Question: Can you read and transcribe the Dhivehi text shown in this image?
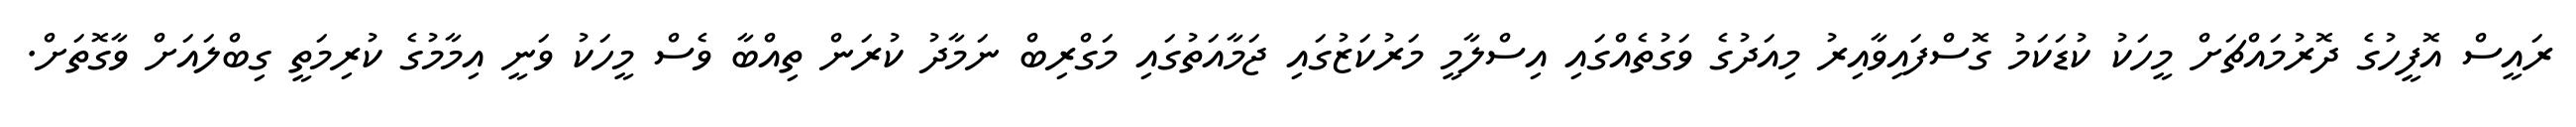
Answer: ރައީސް އޮފީހުގެ ދޮރުމައްޗަށް މީހަކު ކުޑަކަމު ގޮސްފައިވާއިރު މިއަދުގެ ވަގުތެއްގައި އިސްލާމީ މަރުކަޒުގައި ޖަމާއަތުގައި މަގްރިބް ނަމާދު ކުރަން ތިއްބާ ވެސް މީހަކު ވަނީ އިމާމުގެ ކުރިމަތީ ގިބްލައަށް ވާގޮތަށް.